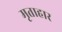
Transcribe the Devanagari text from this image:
मृताहार